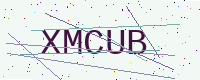
Text: XMCUB